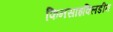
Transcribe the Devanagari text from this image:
फिनसाइक्लिडीन